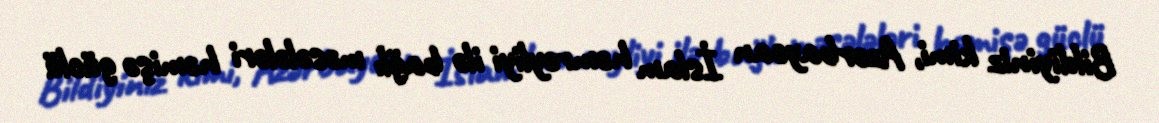
Bildiyiniz kimi, Azərbaycan İslam həmrəyliyi ilə bağlı məsələləri həmişə güclü